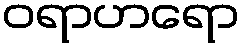
ဝရာဟရော